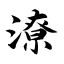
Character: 潦